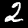
Label: 2